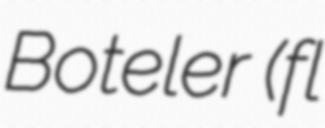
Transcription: Boteler (fl